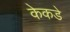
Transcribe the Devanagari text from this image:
केकडे